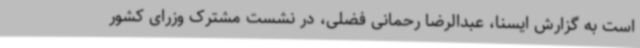
است به گزارش ایسنا، عبدالرضا رحمانی فضلی، در نشست مشترک وزرای کشور